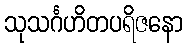
သုသင်္ဂဟိတပရိဇနော